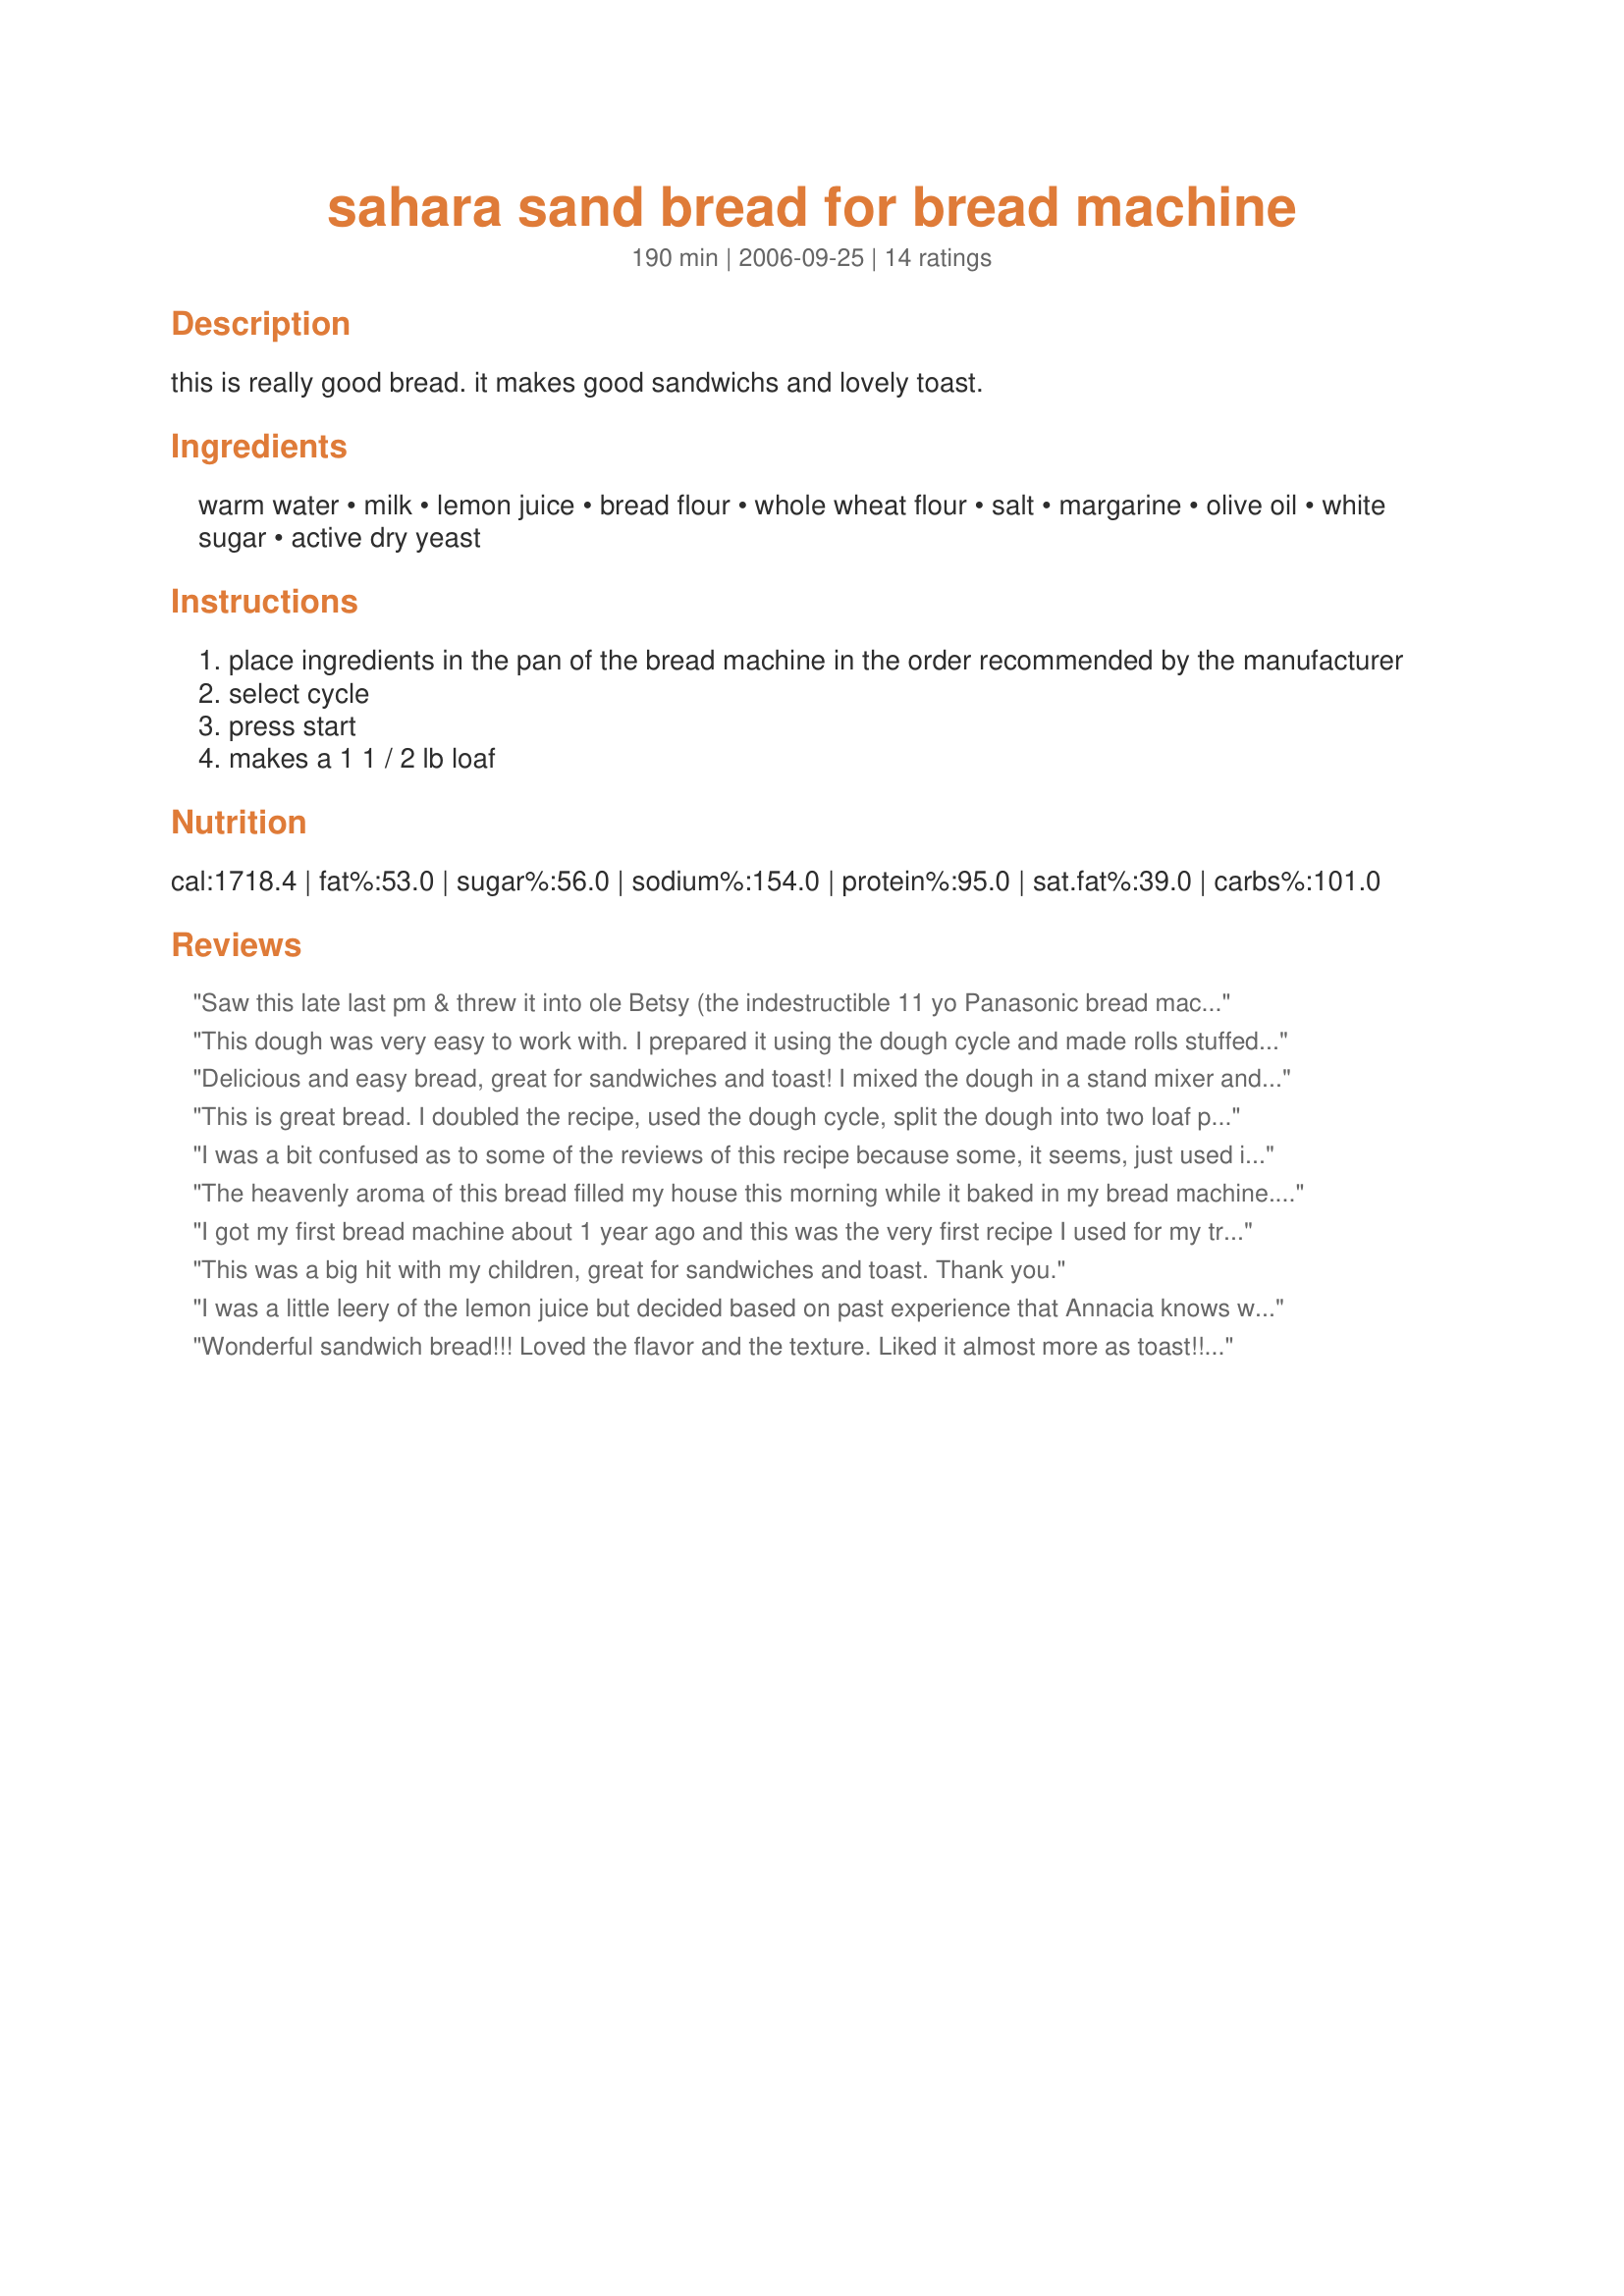
sahara sand bread for bread machine
Preparation time: 190 minutes

this is really good bread. it makes good sandwichs and lovely toast.

Ingredients:
warm water, milk, lemon juice, bread flour, whole wheat flour, salt, margarine, olive oil, white sugar, active dry yeast

Steps:
place ingredients in the pan of the bread machine in the order recommended by the manufacturer
select cycle
press start
makes a 1 1 / 2 lb loaf

Reviews:
Saw this late last pm & threw it into ole Betsy (the indestructible 11 yo Panasonic bread machine before bed. Set it to be done when we woke up this am. At 0400 heard the machine straining so staggered downstairs & added 1/2 cup more milk & went back to bed. Bread came out marvellously! Uniform texture with a fine crumb that holds together great when sliced THIN for sandwiches but no "wonderbread" gumminess! Used for chicken salad sandwiches at lunch today. Would be perfect bread for finger sandwiches for tea! Lovely, lovely, lovely, thankyou, Annacia
This dough was very easy to work with. I prepared it using the dough cycle and made rolls stuffed with cheese/bacon/onions with part of the dough and plain rolls with the rest. Loved the texture.
Delicious and easy bread, great for sandwiches and toast! I mixed the dough in a stand mixer and baked in the oven; I let the dough rise for an hour after mixing and another hour after shaping, then baked at 400 degrees for 30 minutes. The dough was so soft and easy to work with and the bread is terrific - thanks for sharing the recipe! Made for the Sweet December holiday event, 2013
This is great bread. I doubled the recipe, used the dough cycle, split the dough into two loaf pans, baked at 350 degrees for 35 minutes. I was rewarded with two beautiful loaves of bread. This bread also freezes well. Thanks.
I was a bit confused as to some of the reviews of this recipe because some, it seems, just used it to make the dough in their bread machines and then used their conventional ovens, and then wondered why it didn't turn out well. I used my bread machine for the whole process and it came out very nice, with a light texture and very good flavor. I didn't change a thing. I will definitely make it again. I think it should be noted that all recipes for "bread machines" do not automatically adapt well to just making the dough in the machine and then placing the dough in a loaf pan in the oven.
The heavenly aroma of this bread filled my house this morning while it baked in my bread machine. The texture is light and taste flavorful. I agree that it would make excellent sandwiches and would toast perfectly! Thanks, Annacia!
I got my first bread machine about 1 year ago and this was the very first recipe I used for my trial run. I was amazed at how scrumptious it turned out! The ingredient amounts are right on, so there was nothing extra to add.
This was a big hit with my children, great for sandwiches and toast. Thank you.
I was a little leery of the lemon juice but decided based on past experience that Annacia knows what she is doing. So I made it in my ABM totally, with a medium crust. It came out fantastic! Made for Ramadan tag.
Wonderful sandwich bread!!! Loved the flavor and the texture. Liked it almost more as toast!! Thanks Annacia!
I put all the ingredients to the cycle dough. I used only all purpose flour. I used butter instead of margarine. I baked it in the oven at 425 F for 20 minutes. It's delicious as is or toasted :P Thanks Anncia :) Made for Zaar Star Game.
Goodness! This bread was so yummy! Here where we live, bread is eaten as open-faced sandwiches...for breakfast, lunch and sometimes what they call "an evening meal"...DH takes many "bread slices" to work each day! He said this was one of the best breads I had sent with him. I followed the recipe exact. Wonderful flavor, and as stated, a little crunchy crust and soft inside. Perfect bread for my machine. I am making another loaf today, 2 days after my first! Thank you for sharing this with us.
I'll not rate this recipe as I tried it twice and didn't have good results. So maybe I'm at fault. I took it out after the dough cycle, shaped it and baked it at 375 for about 30 min. The first time, it didn't raise well. The second time, it was beautiful but the taste just wasn't there. I'm disappointed that it didn't work for me. And yes, I often make bread. So, who knows! Just posting this for my own information. Thanks anyway. . . . . Janet
This turned out very well for me! It was easy to cut thin slices, and it sliced without 'caving in'. The crust was crisp, and the bread was was soft, but not too crumbly. I served this with homemade soup, and everyone agreed, it was delicious! Thanks!
